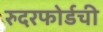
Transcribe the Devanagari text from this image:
रुदरफोर्डची